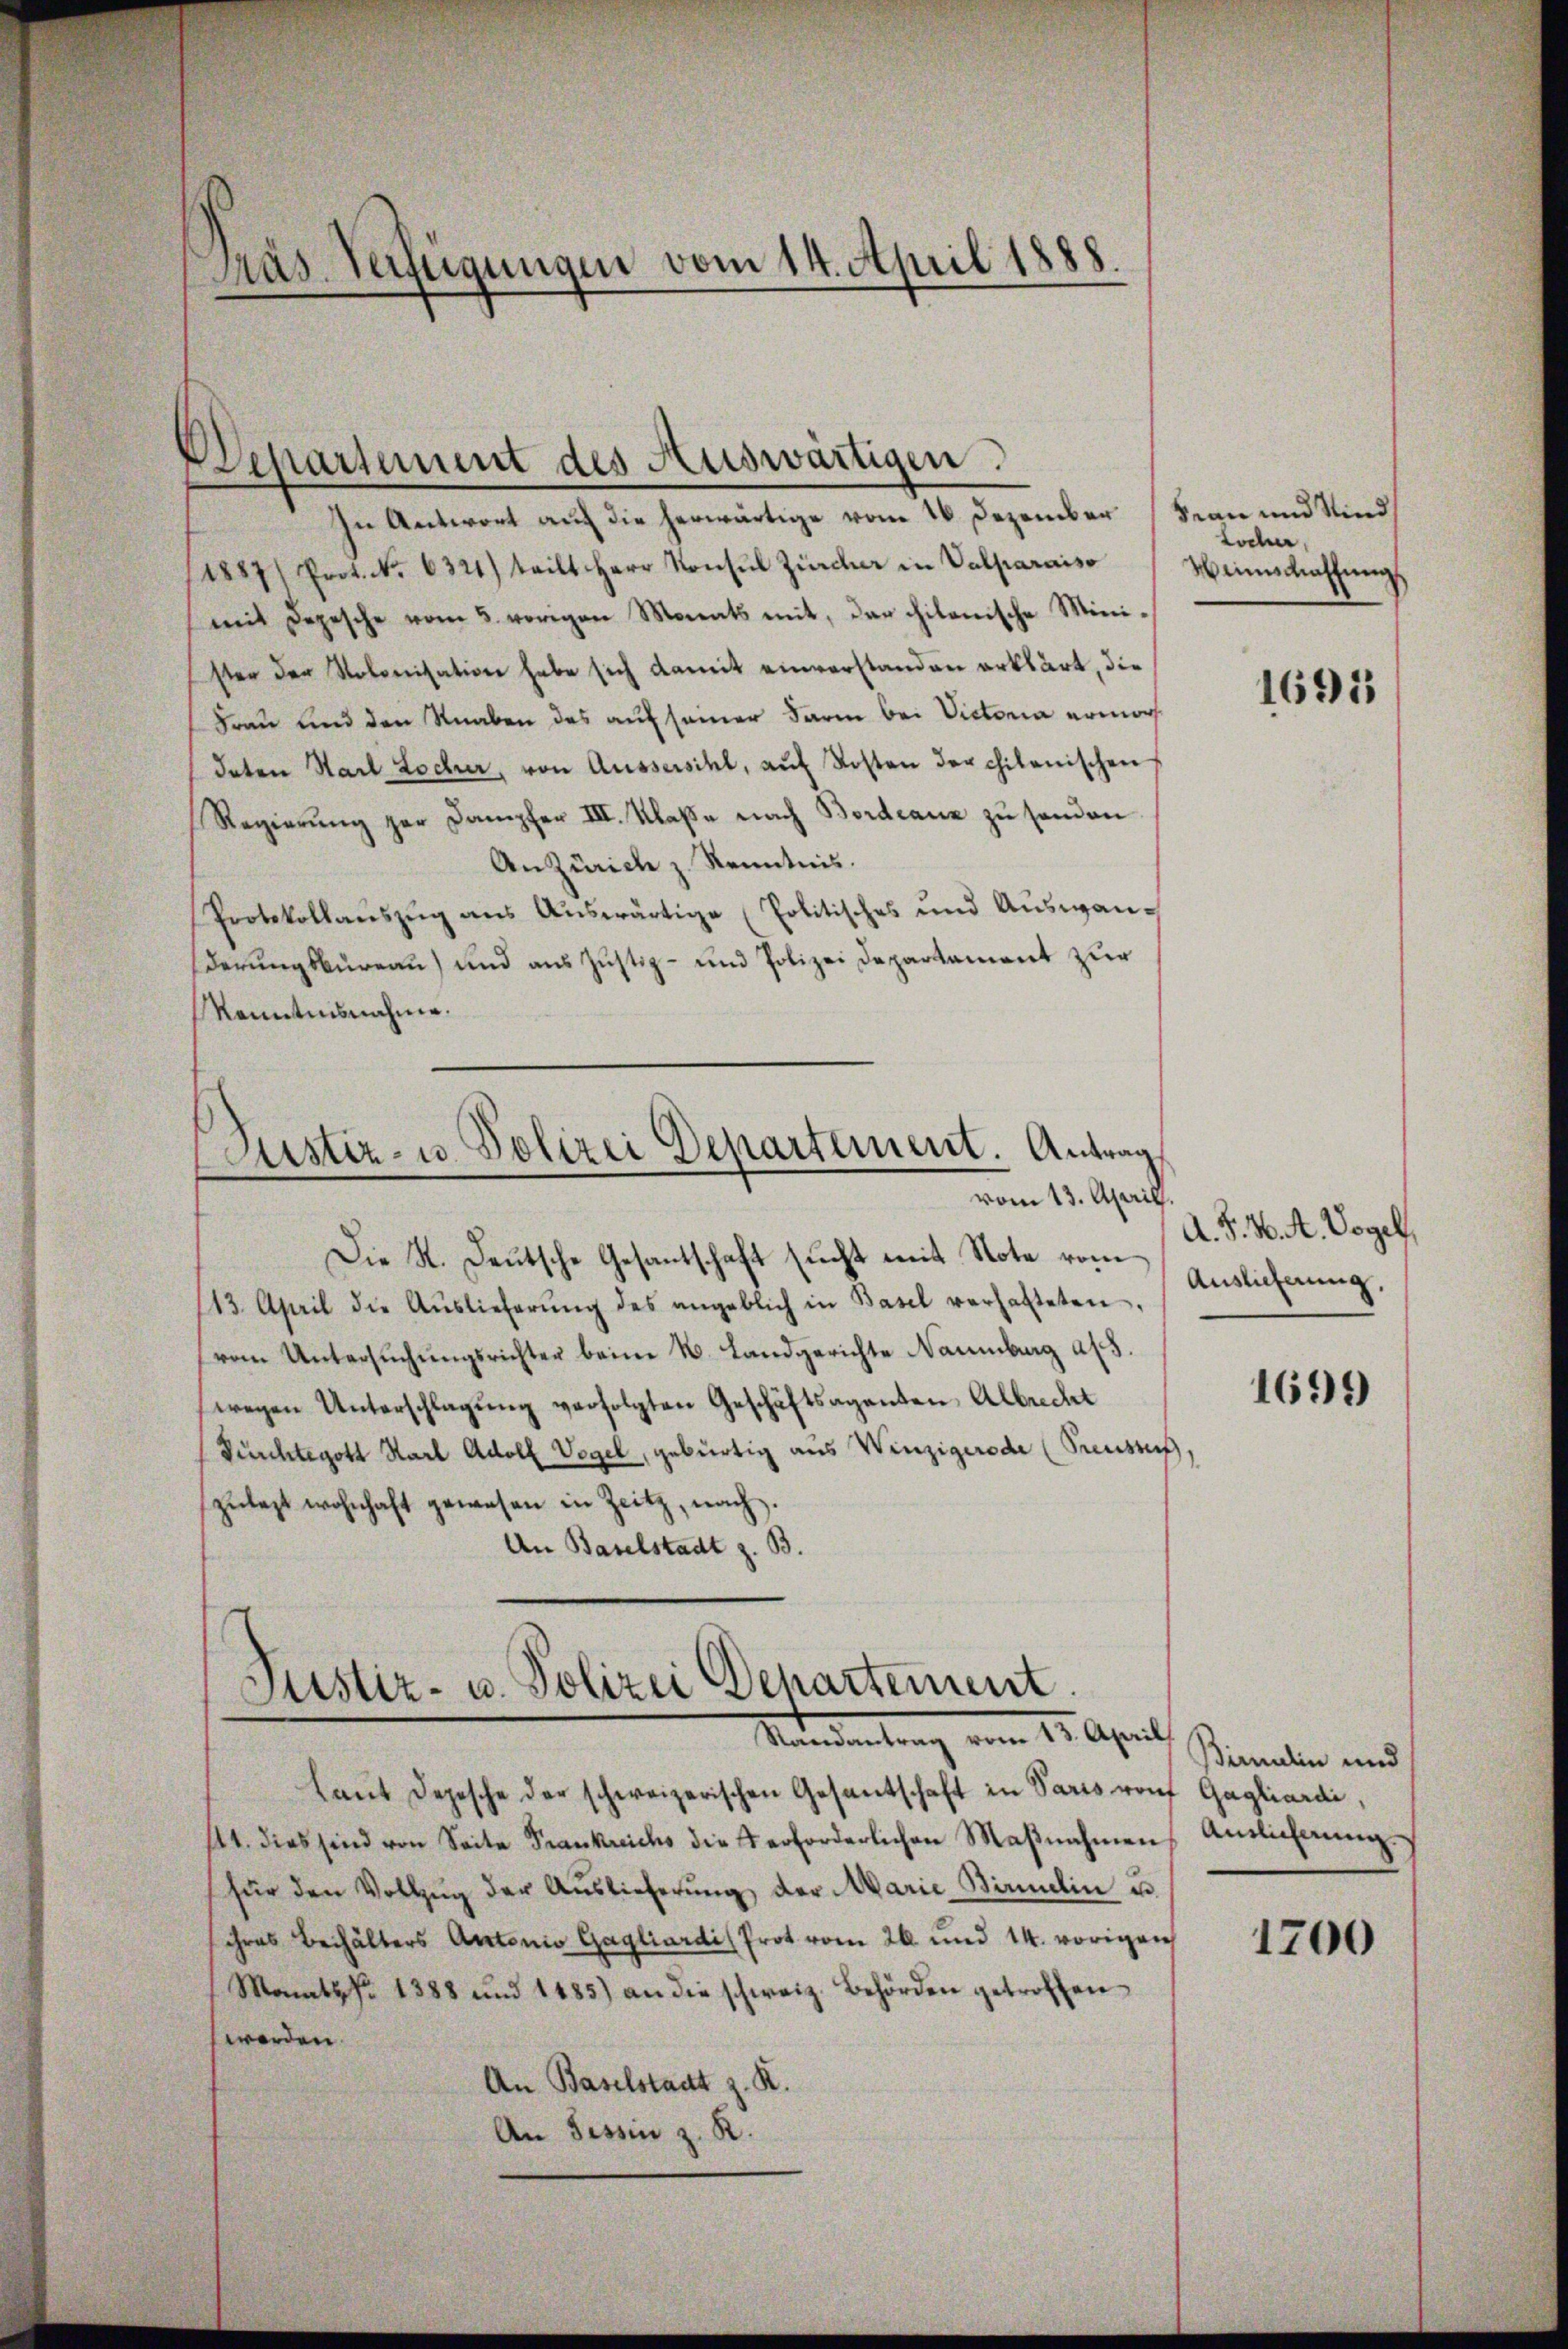
Präs. Verfügungen vom 14. April 1888.

In Antwort auf die herwärtige vom 16. Dezember (Frau und Kind
(1887/ Prot. No. 6321) teilt Herr Konsul Zürcher in Valparaiso
mit Depesche vom 5. vorigen Monats mit, der chilenische Minister der Kolonisation habe sich damit einverstanden erklärt, die
Frau und den Knaben das auf seiner darin bei Victoria ermordaten Harl Lochur, von Aussersihl, aŭf Kosten der chilanischen
Regierung zur Dampfer III. Klaße nach Bordeauz zu sonden
AnZürich z. Kenntnis.
Protokollauszug aus Auswärtige (Politisches und Auswanderungsbureau) und aus Justiz- und Polizei Departament zur
Kenntnisnahme.

Departement des Auswärtigen.

Justiz- u. Polizei Departement. Antrag
vom 13. April.

Die K. Deutsche Gesantschaft sucht mit Note rom¬
113. April die Aŭslieferŭng des angeblich in Basel verhalteten,
(vom Untersuchungsrichter beim N. Landgerichte Naumburg als.
wegen Unterschlagung verfolgten Geschäftsaganten Albrecht
Punhtegott Karl Adolf Vogel, gebürtig aus Winzigerode (Preusses,
zŭlegt wohnhaft gewesen in Zeitz, nach.
An Baselstadt z. B.

Justiz- u. Polizei Departement.
Randantrag vom 13. April

Laŭt Depesche der schweizerischen Gesantschaft in Paris von
111. dies sind von Seite Frankreichs die erforderlichen Maβnahmen
für den Vollzŭg der Auslieferŭng der Marie Birmelin u.
schres Beihälters Antonio Gagliardi, Prot vom 26. und 14. vorigen
Monatsfr. 1388 und 1485) an die schweiz. Behörden getroffen
worden.
An Baselstadt z. R.
An Tessin z. R.

Locher,
Weinschaffung

1691

A. J. K. A. Vogel,
Auslieferung,

1699

Birulin und
Gagliardi,
Antlicherung.

1700